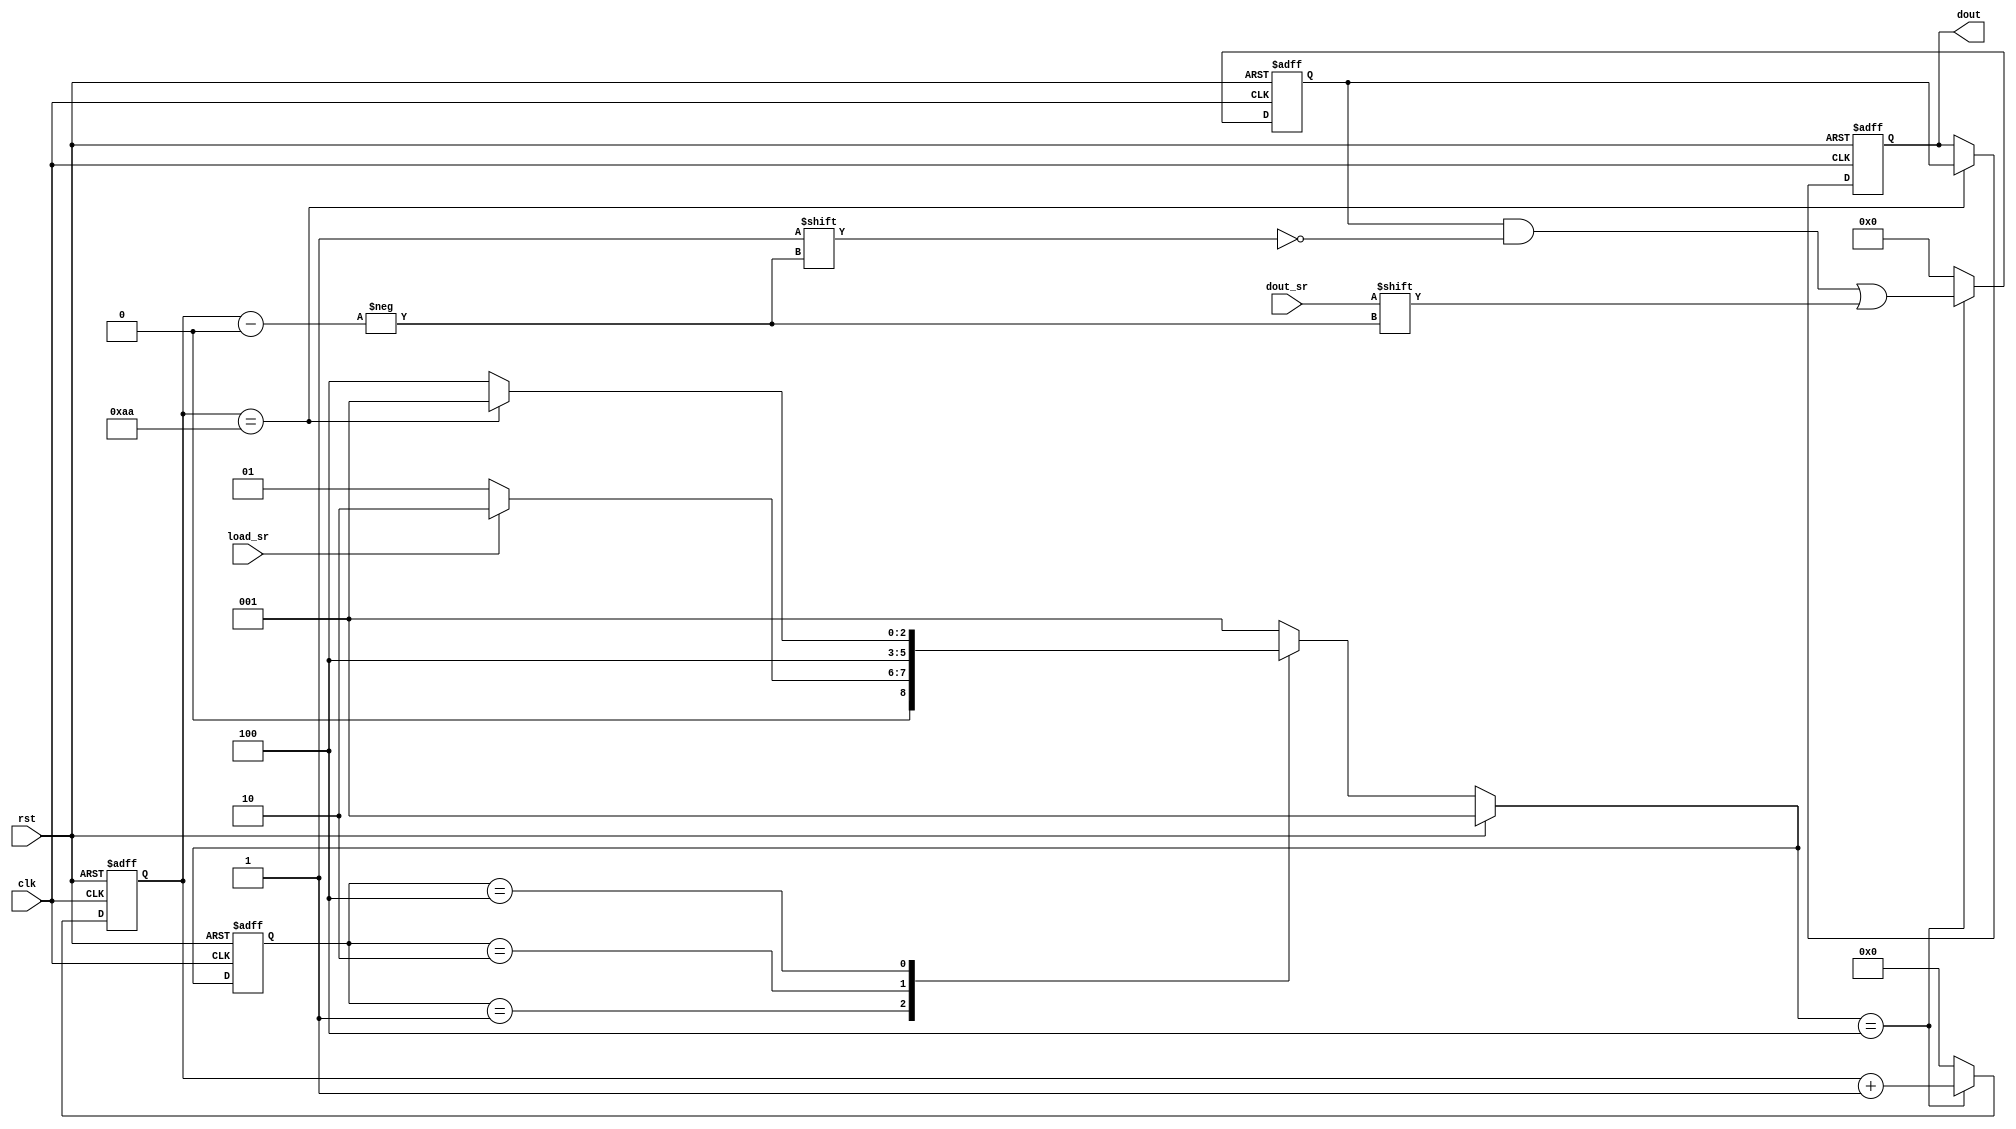
`timescale 1ns / 1ps
`define WIDTH 170
//////////////////////////////////////////////////////////////////////////////////
// Company: 
// Engineer: 
// 
// Design Name: 
// Module Name: Recieve_Data
// Project Name: 
// Target Devices: 
// Tool Versions: 
// Description: 
// 
// Dependencies: 
// 
// Revision:
// Revision 0.01 - File Created
// Additional Comments:
// 
//////////////////////////////////////////////////////////////////////////////////


module Recieve_Data(
    input dout_sr,
    input clk,
    input rst,
    input load_sr,
    output reg [`WIDTH-1:0] dout
    );
reg [2:0] current_state_in, next_state_in;
//reg load_tmp;
reg [`WIDTH-1:0] dout_tmp;
reg [7:0] cnt;    

parameter s0=3'b001;
parameter s1=3'b010;
parameter s2=3'b100;


//state machine 2, used to recieve data from SR
always@(negedge clk or posedge rst)
begin
if(rst)
 begin
 current_state_in<=s0;
 end
else
 begin
 current_state_in<=next_state_in;
 end
end

always@(current_state_in or rst or load_sr or cnt)
begin
if(rst)
 begin
 next_state_in=s0;
 end
else
 begin
  case(current_state_in)
    s0: next_state_in=(load_sr==1'b1)?s1:s0; 
    s1: next_state_in=s2;     
    s2: next_state_in=(cnt==`WIDTH)?s0:s2;
    default: next_state_in=s0;
  endcase
 end
end

always@(negedge clk or posedge rst)
begin
 if(rst)
 begin
  cnt<=8'b0;
  dout_tmp<=`WIDTH'b0;
 end
 else
 begin
  case(next_state_in)
   s0:
     begin
     cnt<=8'b0;
     dout_tmp<=`WIDTH'b0;
     end
   s1:
     begin
     cnt<=8'b0;
     dout_tmp<=`WIDTH'b0;
     end
   s2:
     begin
     cnt<=cnt+1'b1;
     dout_tmp[cnt]<=dout_sr;
     end
   default:
     begin
     cnt<=8'b0;
     dout_tmp<=`WIDTH'b0;
     end
   endcase
 end
end

always@(negedge clk or posedge rst)
begin
 if(rst)
  begin
   dout<=`WIDTH'b0;
  end
 else
  begin
   if(cnt==`WIDTH)
    begin
     dout<=dout_tmp;
    end
   else
    begin
     dout<=dout;
    end
  end
end

endmodule